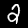
Digit: 2